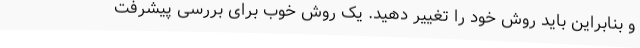
و بنابراین باید روش خود را تغییر دهید. یک روش خوب برای بررسی پیشرفت